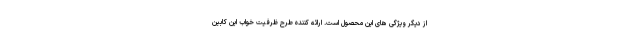
از دیگر ویژگی های این محصول است. ارائه کننده طرح ظرفیت خواب این کابین